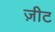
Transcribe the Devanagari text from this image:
ज़ीट